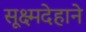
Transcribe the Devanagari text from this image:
सूक्ष्मदेहाने